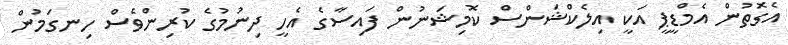
އެގޮތުން އެމްޑީޕީ އަކީ އިލެކްޝަންސް ކޮމިޝަނުން ފައިސާގެ އެހީ ދިނުމުގެ ކުރިންވެސް ހިނގަމުން